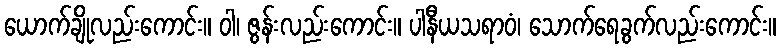
ယောက်ချိုလည်းကောင်း။ ဝါ၊ ဇွန်းလည်းကောင်း။ ပါနီယသရာဝံ၊ သောက်ရေခွက်လည်းကောင်း။